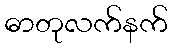
ဓာတုလက်နက်